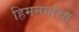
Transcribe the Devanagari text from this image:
हिमनगांचा